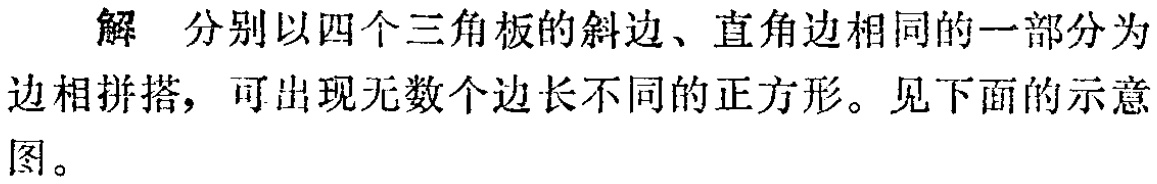
解 分别以四个三角板的斜边、直角边相同的一部分为边相拼搭，可出现无数个边长不同的正方形。见下面的示意图。